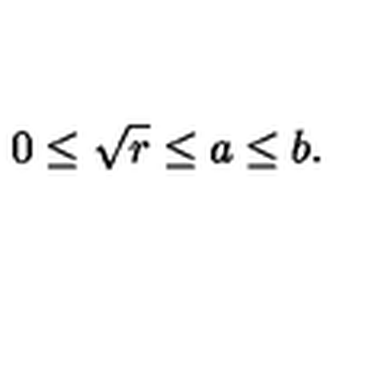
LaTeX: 0 \leq \sqrt { r } \leq a \leq b .